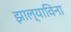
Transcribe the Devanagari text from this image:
झाल्याविना